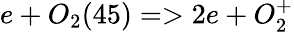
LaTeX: e+O_{2}(45)=>2e+O_{2}^{+}